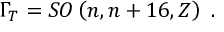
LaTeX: \Gamma _ { T } = S O \left( n , n + 1 6 , Z \right) \ .